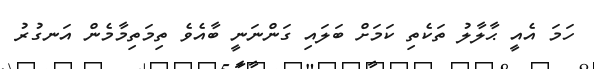
ހަމަ އެއީ ޙާލާލު ތަކެތި ކަމަށް ބަލައި ގަންނަނީ ބާއެވެ ތިމަތިމާމެން އަނގުރު